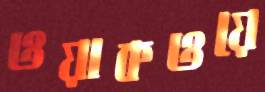
ওয়াকওয়ে